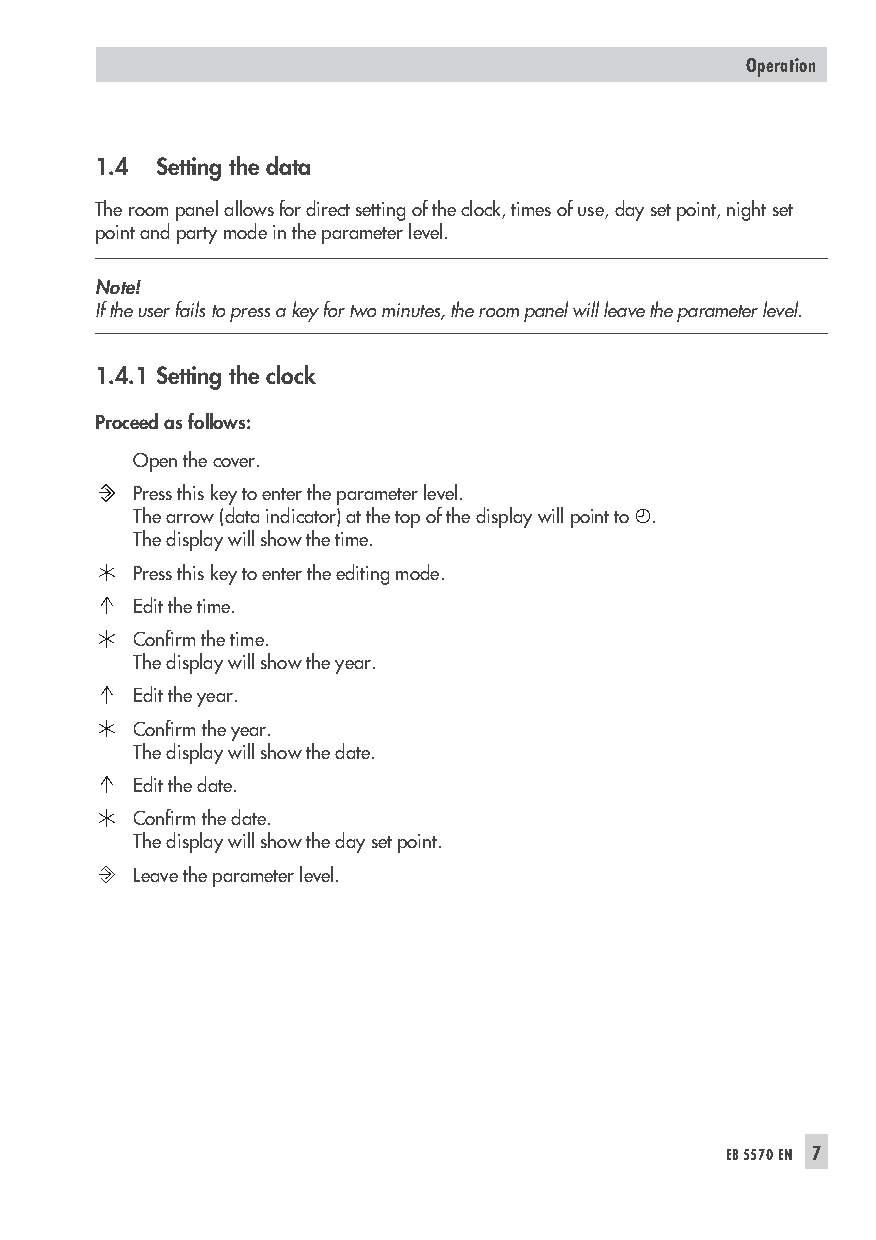
Operation
 1.4 Setting the data
 The room panel allows for direct setting of the clock, times of use, day set point, night set
 point and party mode in the parameter level.
 Note!
 Iftheuserfailstopressakeyfortwominutes,theroompanelwillleavetheparameterlevel.
 1.4.1 Setting the clock
 Proceed as follows:
 Open the cover.
 Press this key to enter the parameter level.
 The arrow (data indicator) at the top of the display will point to .
 The display will show the time.
 Press this key to enter the editing mode.
 Edit the time.
 Confirm the time.
 The display will show the year.
 Edit the year.
 Confirm the year.
 The display will show the date.
 Edit the date.
 Confirm the date.
 The display will show the day set point.
 Leave the parameter level.
 EB5570EN 7